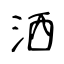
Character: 洒